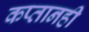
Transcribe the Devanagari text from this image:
कप्तानही